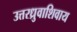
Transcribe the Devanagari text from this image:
उत्तरध्रुवाशिवाय